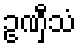
ဥဏှီသံ